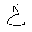
Letter: _kha